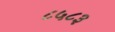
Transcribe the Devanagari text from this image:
८५८३